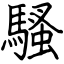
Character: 騷